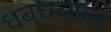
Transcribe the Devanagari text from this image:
धबधब्यास